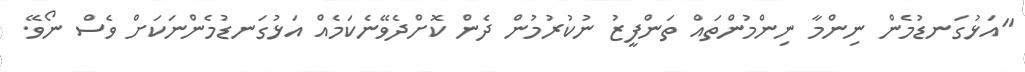
"އަޅުގަނޑުމެން ނިންމާ ނިންމުންތައް ތަންފީޒު ނުކުރުމުން ދެން ކޮށްދެވޭނެކަމެއް އަޅުގަނޑުމެންނަކަށް ވެސް ނޯވޭ.